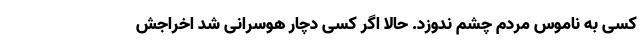
کسی به ناموس مردم چشم ندوزد. حالا اگر کسی دچار هوسرانی شد اخراجش